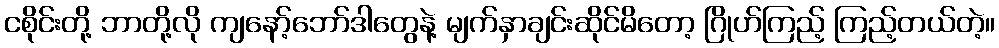
ငစိုင်းတို့ ဘာတို့လို ကျနော့်ဘော်ဒါတွေနဲ့ မျက်နှာချင်းဆိုင်မိတော့ ဂြိုဟ်ကြည့် ကြည့်တယ်တဲ့။